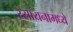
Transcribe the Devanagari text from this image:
रसायनामध्ये